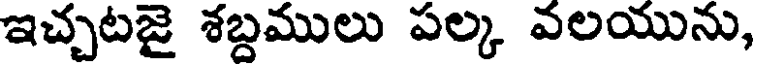
ఇచ్చటజై శబ్దములు పల్క వలయును,